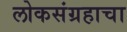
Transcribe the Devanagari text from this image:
लोकसंग्रहाचा